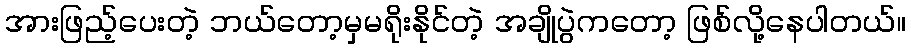
အားဖြည့်ပေးတဲ့ ဘယ်တော့မှမရိုးနိုင်တဲ့ အချိုပွဲကတော့ ဖြစ်လို့နေပါတယ်။